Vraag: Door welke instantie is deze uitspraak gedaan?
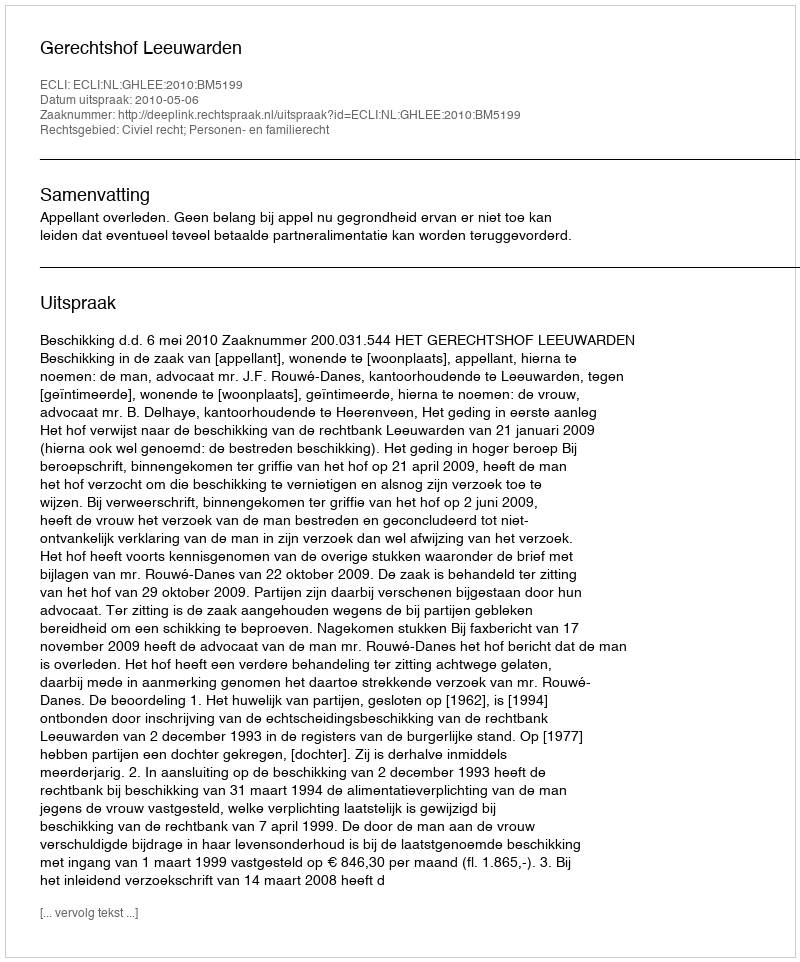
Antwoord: Gerechtshof Leeuwarden